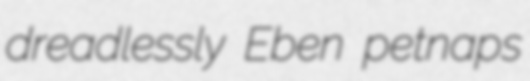
dreadlessly Eben petnaps